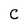
Character: C